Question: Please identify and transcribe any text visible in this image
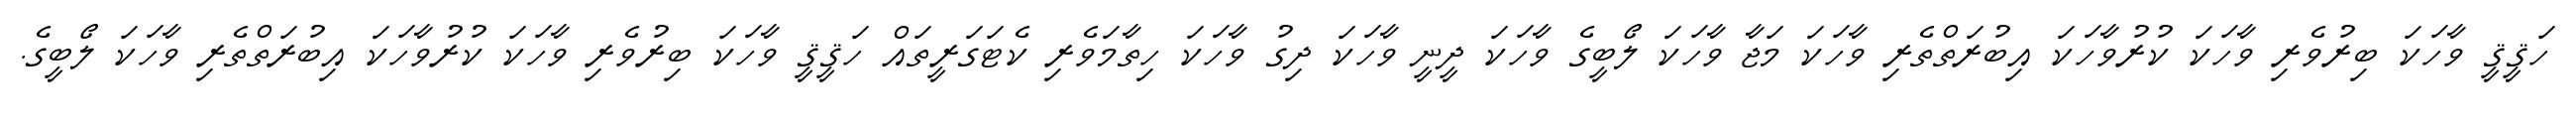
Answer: ހަޤީޤީ ވާހަކަ ބިރުވެރި ވާހަކަ ކުރުވާހަކަ އިބުރަތްތެރި ވާހަކަ މަޖާ ވާހަކަ ލޯބީގެ ވާހަކަ ދީނީ ވާހަކަ ދިގު ވާހަކަ ހިތާމަވެރި ކެޓަގަރީތައް ހަޤީޤީ ވާހަކަ ބިރުވެރި ވާހަކަ ކުރުވާހަކަ އިބުރަތްތެރި ވާހަކަ ލޯބީގެ.